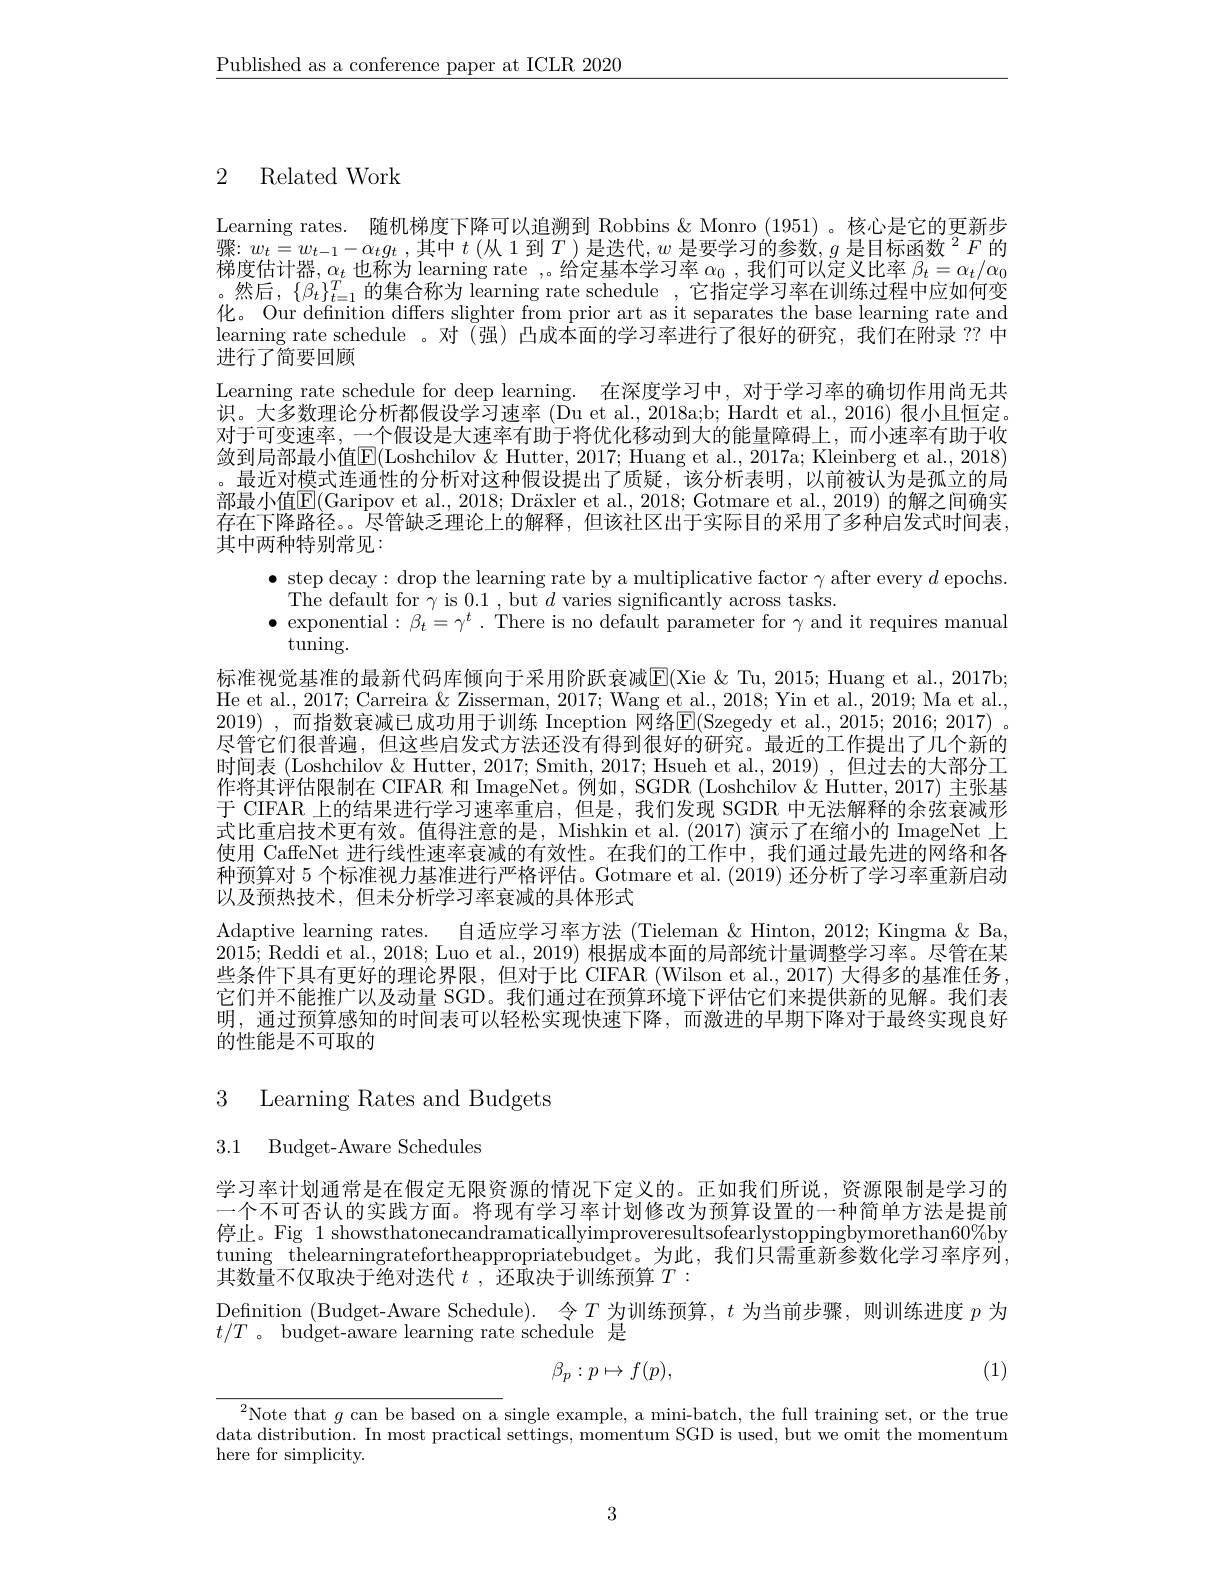
$\underline{\text{Published as a conference paper at ICLR 2020}}$

# 2 Related Work

Learning rates. 随机梯度下降可以追溯到 Robbins & Monro (1951) 。核心是它的更新步骤 : $w_t= w_{t- 1}- \alpha _tg_t$ ,其 中 $t$ (从 1 到 $T)$ 是 迭 代 $, w$ 是 要 学 习 的 参 数 $, g\text{ 是 目 标 函 数 }^2F$ 的 为 单 件 计 照 。此 的 业罗思节估计器。
也称为 learning rate ,。给定基本学习率$\alpha_0$,我们可以定义比率$\beta_t=\alpha_t/\alpha_0$
。然后，$\{\beta_t\}_t=1^T$的集合称为 learning rate schedule,它指定学习率在训练过程中应如何变化。Our defnition differs slighter from prior art as it separates the base learning rate and learning rate schedule 。对 (强) 凸成本面的学习率进行了很好的研究，我们在附录 ?? 中进行了简要回顾
Learning rate schedule for deep learning. 在深度学习中，对于学习率的确切作用尚无共识。大多数理论分析都假设学习速率 (Du et al., 2018a;b; Hardt et al., 2016) 很小且恒定。对于可变速率，一个假设是大速率有助于将优化移动到大的能量障碍上，而小速率有助于收敛到局部最小值$\mathsf E($Loshchilov &Hutter, 2017; Huang et al., 2017a; Kleinberg et al., 2018) 。最近对模式连通性的分析对这种假设提出了质疑，该分析表明，以前被认为是孤立的局部最小值$\mathbb{E}($Garipov et al., 2018; Dräxler et al., 2018; Gotmare et al., 2019) 的解之间确实存在下降路径。。尽管缺乏理论上的解释，但该社区出于实际目的采用了多种启发式时间表， 其中两种特别常见：
$\bullet$ step decay: drop the learning rate by a multiplicative factor $\gamma$ after every $d$ epochs.
${\mathrm{The~default~for~\gamma~is~0.1~,~but~}d~varies~significantly~across~tasks.}$
$\bullet$ exponential$:\beta_t=\gamma^t.$ There is no default parameter for $\gamma$ and it requires manual
tuning.
标准视觉基准的最新代码库倾向于采用阶跃衰减$\mathbb{E}($Xie &Tu, 2015; Huang et al., 2017b; He et al., 2017; Carreira & Zisserman, 2017; Wang et al., 2018; Yin et al., 2019; Ma et al., 2019) ,而指数衰减已成功用于训练 Inception 网络E(Szegedy et al., 2015; 2016; 2017) 。尽管它们很普遍，但这些启发式方法还没有得到很好的研究。最近的工作提出了几个新的时间表 (Loshchilov & Hutter, 2017; Smith, 2017; Hsueh et al., 2019) , 但过去的大部分工作将其评估限制在 CIFAR 和 ImageNet。例如， $SGDR ( Loshchilov \&$ Hutter, 2017) 主张基于 CIFAR 上的结果进行学习速率重启，但是，我们发现 SGDR 中无法解释的余弦衰减形式比重启技术更有效。值得注意的是，Mishkin et al. (2017) 演示了在缩小的 ImageNet 上使用 CaffeNet 进行线性速率衰减的有效性。在我们的工作中，我们通过最先进的网络和各种预算对 5 个标准视力基准进行严格评估。Gotmare et al. (2019) 还分析了学习率重新启动以及预热技术，但未分析学习率衰减的具体形式
Adaptive learning rates. 自适应学习率方法(Tieleman&Hinton,2012; Kingma $\&$ Ba, 2015; Reddi et al., 2018; Luo et al., 2019) 根据成本面的局部统计量调整学习率。尽管在某些条件下具有更好的理论界限，但对于比 CIFAR (Wilson et al., 2017) 大得多的基准任务， 它们并不能推广以及动量 SGD。我们通过在预算环境下评估它们来提供新的见解。我们表明，通过预算感知的时间表可以轻松实现快速下降，而激进的早期下降对于最终实现良好的性能是不可取的

3 Learning Rates and Budgets

3.1 Budget-Aware Schedules

学习率计划通常是在假定无限资源的情况下定义的。正如我们所说，资源限制是学习的一个不可否认的实践方面。将现有学习率计划修改为预算设置的一种简单方法是提前停止。Fig 1 showsthatonecandramaticallyimproveresultsofearlystoppingbymorethan60%by tuning thelearningratefortheappropriatebudget。为此，我们只需重新参数化学习率序列， 其数量不仅取决于绝对迭代$t$ ,还取决于训练预算$T:$
Definition (Budget-Aware Schedule). 令$T$为训练预算，$t$为当前步骤，则训练进度$p$为
$t/T$ 。budget-aware learning rate schedule 是
$$\beta_p:p\mapsto f(p),$$
(1)

$^{2}$Note that $g$ can be based on a single example, a mini-batch, the full training set, or the true data distribution. In most practical settings, momentum SGD is used, but we omit the momentum here for simplicity.

3